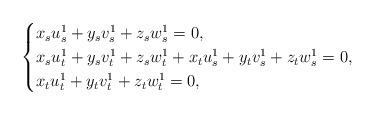
LaTeX: \begin{align*} \begin{cases}x_{s} u^{1}_{s} + y_{s} v^{1}_{s} + z_{s} w^{1}_{s} = 0, \\x_{s} u^{1}_{t} + y_{s} v^{1}_{t} + z_{s} w^{1}_{t} + x_{t} u^{1}_{s} + y_{t} v^{1}_{s} + z_{t} w^{1}_{s} = 0, \\x_{t} u^{1}_{t} + y_{t} v^{1}_{t} + z_{t} w^{1}_{t} = 0, \\\end{cases}\end{align*}